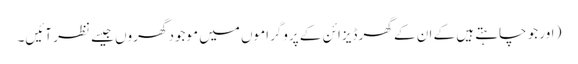
( اور جو چاہتے ہیں کے ان کے گھر ڈیزائن کے پروگراموں میں موجود گھروں جیسے نظر آئیں۔